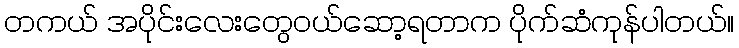
တကယ် အပိုင်းလေးတွေဝယ်ဆော့ရတာက ပိုက်ဆံကုန်ပါတယ်။